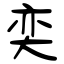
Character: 奕